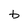
Character: b